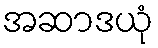
အဆာဒယုံ